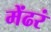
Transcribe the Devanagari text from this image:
मेंढरं